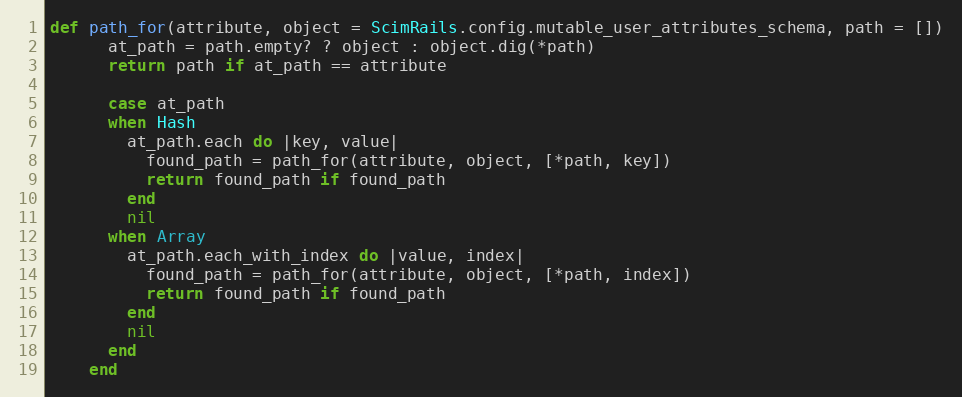
Language: Ruby
def path_for(attribute, object = ScimRails.config.mutable_user_attributes_schema, path = [])
      at_path = path.empty? ? object : object.dig(*path)
      return path if at_path == attribute

      case at_path
      when Hash
        at_path.each do |key, value|
          found_path = path_for(attribute, object, [*path, key])
          return found_path if found_path
        end
        nil
      when Array
        at_path.each_with_index do |value, index|
          found_path = path_for(attribute, object, [*path, index])
          return found_path if found_path
        end
        nil
      end
    end